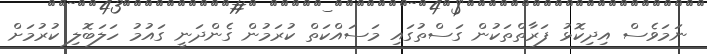
ނަމަވެސް އިދިކޮޅު ފަރާތްތަކުން ގަސްތުގައި މަސައްކަތް ކުރަމުން ގެންދަނީ ގައުމު ހަލަބޮލި ކުރުމަށް